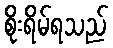
စိုးရိမ်ရသည်